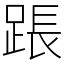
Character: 䠆